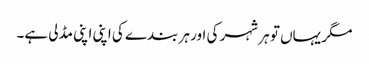
مگر یہاں تو ہر شہر کی اور ہر بندے کی اپنی اپنی مڈلی ہے۔